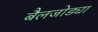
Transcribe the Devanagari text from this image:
बैलजोड्या